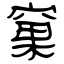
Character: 窠